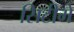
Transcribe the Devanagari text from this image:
सिटीमें